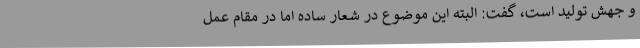
و جهش تولید است،‌ گفت: البته این موضوع در شعار ساده اما در مقام عمل